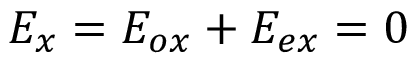
E _ { x } = E _ { o x } + E _ { e x } = 0